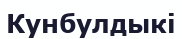
Кунбулдыкі